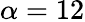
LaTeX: \alpha=12